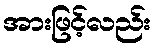
အားဖြင့်လည်း